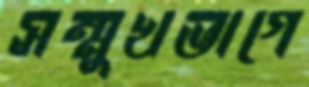
সম্মুখভাগে